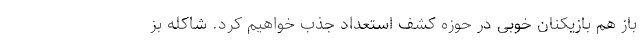
باز هم بازیکنان خوبی در حوزه کشف استعداد جذب خواهیم کرد. شاکله بز